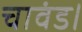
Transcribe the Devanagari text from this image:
चावंड।